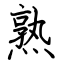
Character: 熟